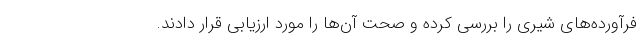
فرآورده‌های شیری را بررسی کرده و صحت آن‌ها را مورد ارزیابی قرار دادند.